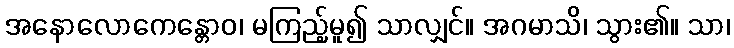
အနောလောကေန္တောဝ၊ မကြည့်မူ၍ သာလျှင်။ အဂမာသိ၊ သွား၏။ သာ၊